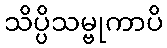
သိပ္ပိသမ္ဗုကာပိ